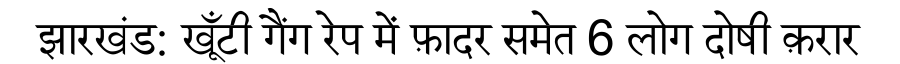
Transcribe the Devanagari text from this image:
झारखंड: खूँटी गैंग रेप में फ़ादर समेत 6 लोग दोषी क़रार